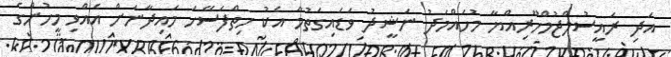
އަދި ރައީސުލްޖުމްހޫރިއްޔާ މުހައްމަދު ނަޝީދު ވަޑައިގަތުމާ އެކު ހިތްފަސޭހަ މައިދާނަށް އެއްވި މީހުންގެ